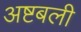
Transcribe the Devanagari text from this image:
अष्टबली